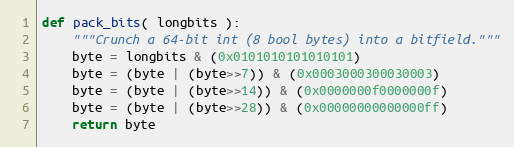
Language: Python
def pack_bits( longbits ):
    """Crunch a 64-bit int (8 bool bytes) into a bitfield."""
    byte = longbits & (0x0101010101010101)
    byte = (byte | (byte>>7)) & (0x0003000300030003)
    byte = (byte | (byte>>14)) & (0x0000000f0000000f)
    byte = (byte | (byte>>28)) & (0x00000000000000ff)
    return byte